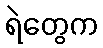
ရဲတွေက